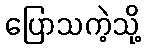
ပြောသကဲ့သို့